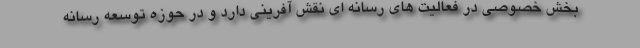
بخش خصوصی در فعالیت های رسانه ای نقش آفرینی دارد و در حوزه توسعه رسانه